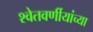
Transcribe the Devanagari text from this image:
श्वेतवर्णीयांच्या